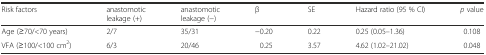
<table><thead><tr><td><b>Risk factors</b></td><td><b>anastomotic leakage (+)</b></td><td><b>anastomotic leakage (−)</b></td><td><b>β</b></td><td><b>SE</b></td><td><b>Hazard ratio (95 % CI)</b></td><td><b><i>p</i> value</b></td></tr></thead><tbody><tr><td>Age (≥70/&lt;70 years)</td><td>2/7</td><td>35/31</td><td>−0.20</td><td>0.22</td><td>0.25 (0.05–1.36)</td><td>0.108</td></tr><tr><td>VFA (≥100/&lt;100 cm<sup>2</sup>)</td><td>6/3</td><td>20/46</td><td>0.25</td><td>3.57</td><td>4.62 (1.02–21.02)</td><td>0.048</td></tr></tbody></table>